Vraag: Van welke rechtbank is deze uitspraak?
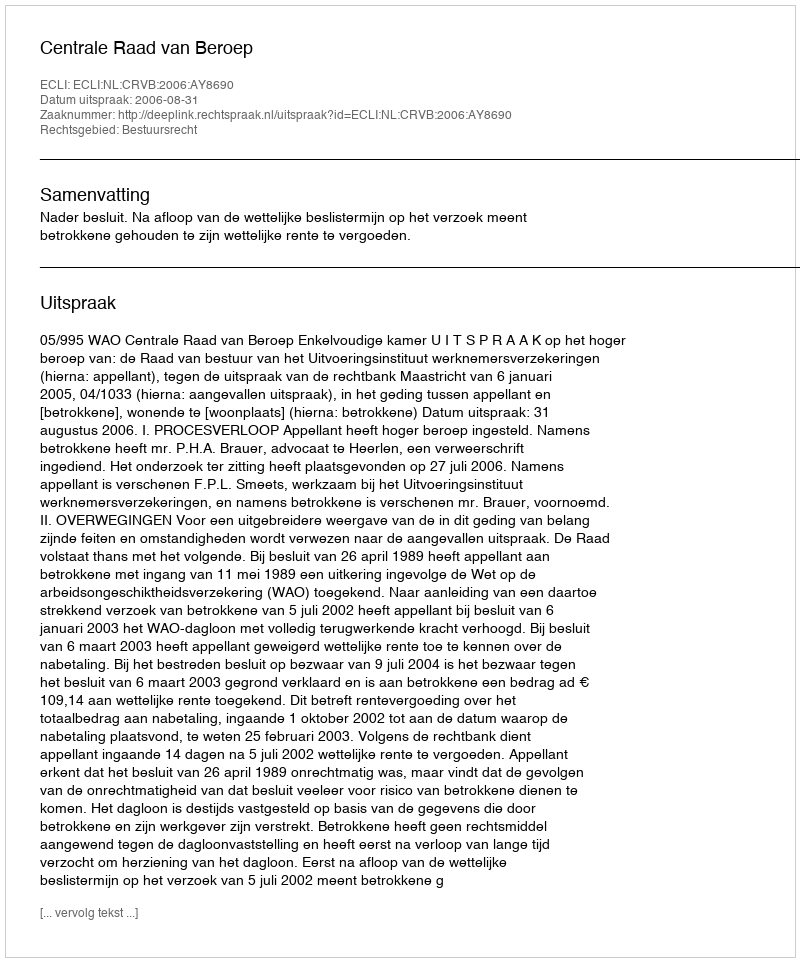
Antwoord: Centrale Raad van Beroep